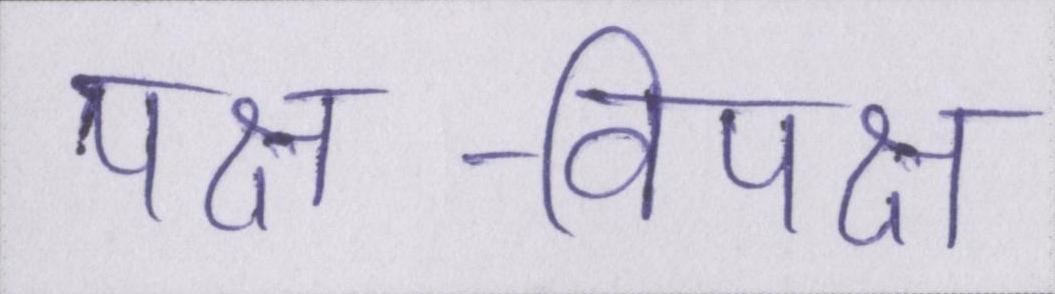
पक्ष-विपक्ष